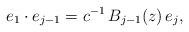
LaTeX: \begin{align*}e_1 \cdot e_{j-1} = c^{-1} \, B_{j-1}(z) \, e_{j},\end{align*}